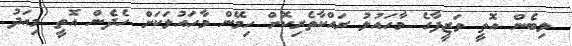
ލިބެން އޮތީ ވަޒީފާގެ މާހައުލު ރައްކާތެރިކޮށް ހިމޭން މާހައުލަކަށް ހެދެން އޮތީ މިއަދު